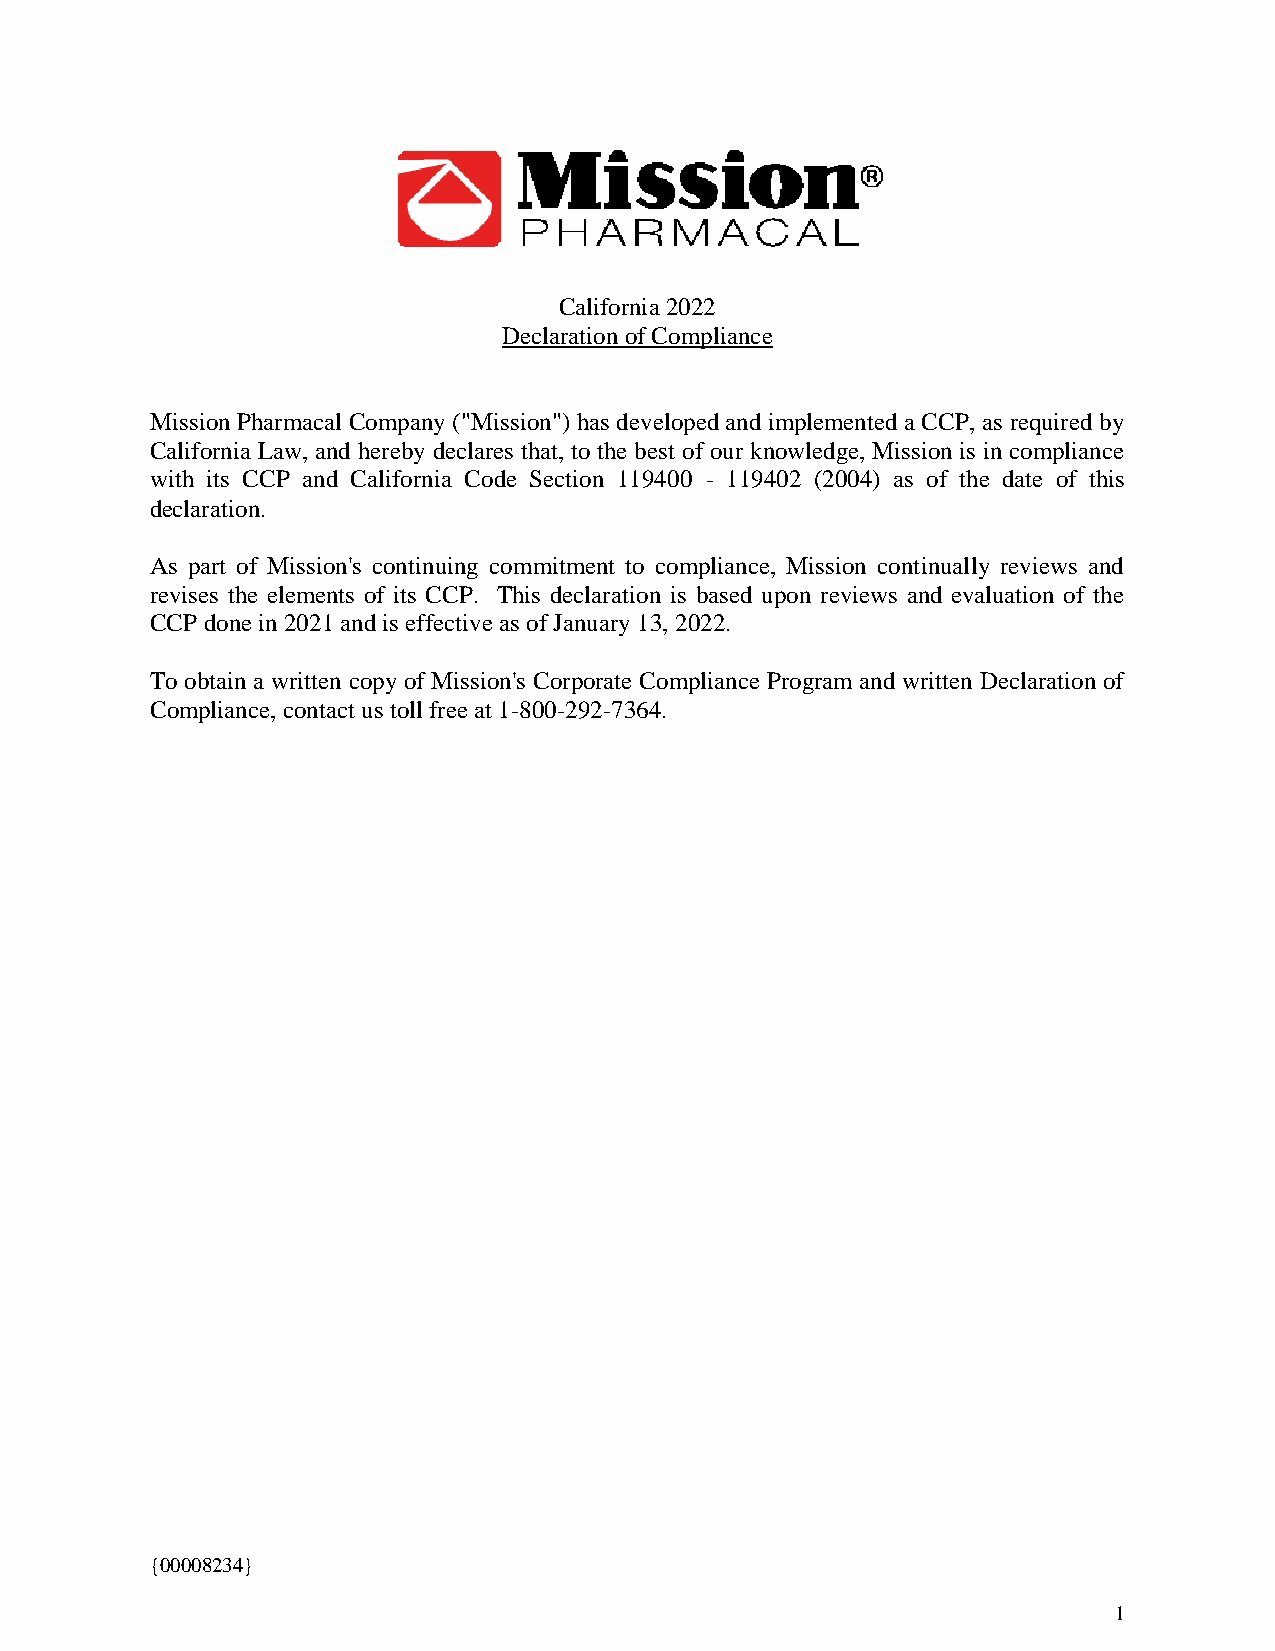
California 2022
 Declaration of Compliance
 Mission Pharmacal Company ("Mission") has developed and implemented a CCP, as required by
 California Law, and hereby declares that, to the best of our knowledge, Mission is in compliance
 with its CCP and California Code Section 119400 - 119402 (2004) as of the date of this
 declaration.
 As part of Mission's continuing commitment to compliance, Mission continually reviews and
 revises the elements of its CCP. This declaration is based upon reviews and evaluation of the
 CCP done in 2021 and is effective as of January 13, 2022.
 To obtain a written copy of Mission's Corporate Compliance Program and written Declaration of
 Compliance, contact us toll free at 1-800-292-7364.
 { 0 0008234}
 1